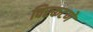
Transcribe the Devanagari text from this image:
विस्कटणे